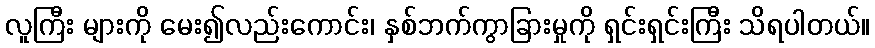
လူကြီး များကို မေး၍လည်းကောင်း၊ နှစ်ဘက်ကွာခြားမှုကို ရှင်းရှင်းကြီး သိရပါတယ်။